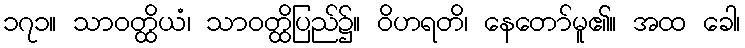
၁၇၁။ သာဝတ္ထိယံ၊ သာဝတ္ထိပြည်၌။ ဝိဟရတိ၊ နေတော်မူ၏။ အထ ခေါ၊